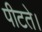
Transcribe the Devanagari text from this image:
पीटते।